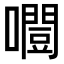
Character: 𡂛